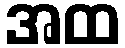
အထ